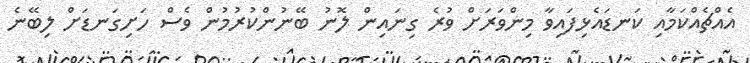
އެއްޗެއްކަމާއި ކަނޑައެޅިފައިވާ މިންވަރަށް ވުރެ ގިނައިން ލޮނު ބޭނުންކުރުމުން ވެސް ހަށިގަނޑަށް ލިބޭނެ